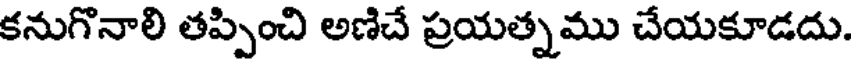
కనుగొనాలి తప్పించి అణిచే ప్రయత్నము చేయకూడదు.